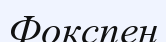
Фокспен